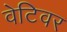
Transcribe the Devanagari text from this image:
वेटिवर